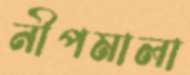
নীপমালা